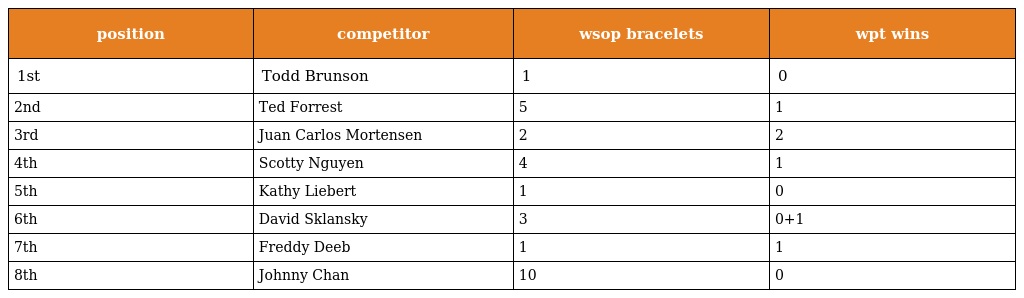
| position | competitor | wsop bracelets | wpt wins |
 | --- | --- | --- | --- |
 | 1st | Todd Brunson | 1 | 0 |
 | 2nd | Ted Forrest | 5 | 1 |
 | 3rd | Juan Carlos Mortensen | 2 | 2 |
 | 4th | Scotty Nguyen | 4 | 1 |
 | 5th | Kathy Liebert | 1 | 0 |
 | 6th | David Sklansky | 3 | 0+1 |
 | 7th | Freddy Deeb | 1 | 1 |
 | 8th | Johnny Chan | 10 | 0 |